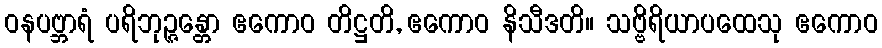
ဝနပဗ္ဘာရံ ပရိဘုဉ္ဇန္တော ဧကောဝ တိဋ္ဌတိ, ဧကောဝ နိသီဒတိ။ သဗ္ဗိရိယာပထေသု ဧကောဝ